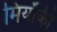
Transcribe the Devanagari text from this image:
मियाँकी